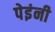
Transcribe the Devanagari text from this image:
पेइंनी